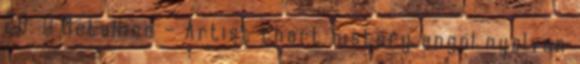
20. ↑ Metallica – Artist chart history angol nyelven